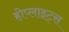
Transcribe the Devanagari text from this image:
होप्लाइट्स